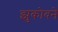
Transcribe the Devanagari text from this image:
झुकोवने